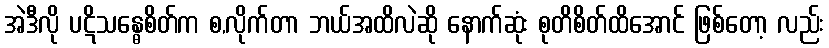
အဲဒီလို ပဋိသန္ဓေစိတ်က စ,လိုက်တာ ဘယ်အထိလဲဆို နောက်ဆုံး စုတိစိတ်ထိအောင် ဖြစ်တော့ လည်း